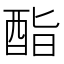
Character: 酯